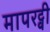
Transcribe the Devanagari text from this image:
मापरट्वी